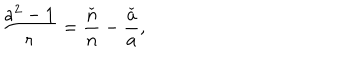
\frac { a ^ { 2 } - 1 } { r } = \frac { \check { n } } { n } - \frac { \check { a } } { a } ,